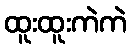
ထူးထူးကဲကဲ